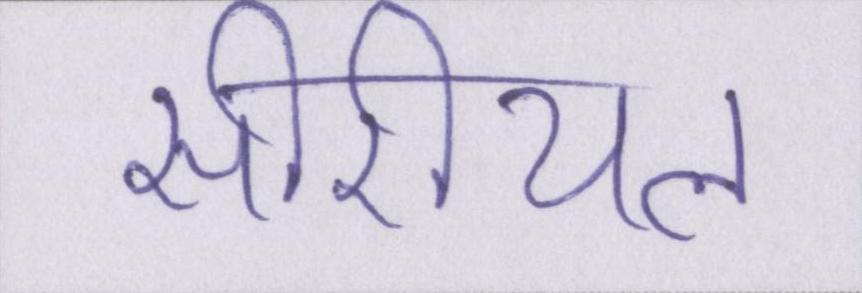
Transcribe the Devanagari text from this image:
सीरीयल